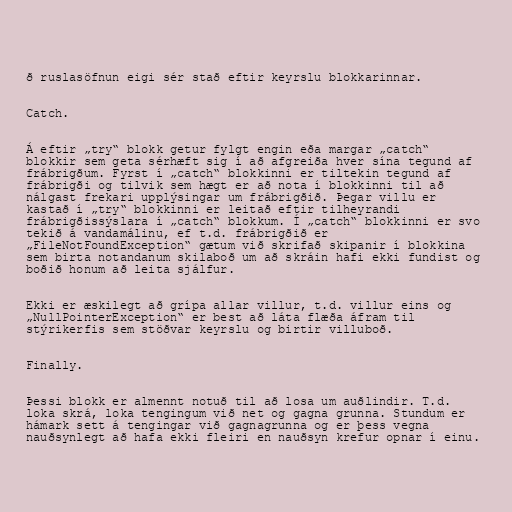
ð ruslasöfnun eigi sér stað eftir keyrslu blokkarinnar.

Catch.

Á eftir „try“ blokk getur fylgt engin eða margar „catch“
blokkir sem geta sérhæft sig í að afgreiða hver sína tegund af
frábrigðum. Fyrst í „catch“ blokkinni er tiltekin tegund af
frábrigði og tilvik sem hægt er að nota í blokkinni til að
nálgast frekari upplýsingar um frábrigðið. Þegar villu er
kastað í „try“ blokkinni er leitað eftir tilheyrandi
frábrigðissýslara í „catch“ blokkum. Í „catch“ blokkinni er svo
tekið á vandamálinu, ef t.d. frábrigðið er
„FileNotFoundException“ gætum við skrifað skipanir í blokkina
sem birta notandanum skilaboð um að skráin hafi ekki fundist og
boðið honum að leita sjálfur.

Ekki er æskilegt að grípa allar villur, t.d. villur eins og
„NullPointerException“ er best að láta flæða áfram til
stýrikerfis sem stöðvar keyrslu og birtir villuboð.

Finally.

Þessi blokk er almennt notuð til að losa um auðlindir. T.d.
loka skrá, loka tengingum við net og gagna grunna. Stundum er
hámark sett á tengingar við gagnagrunna og er þess vegna
nauðsynlegt að hafa ekki fleiri en nauðsyn krefur opnar í einu.